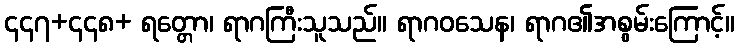
၄၄၇+၄၄၈+ ရတ္တော၊ ရာဂကြီးသူသည်။ ရာဂဝသေန၊ ရာဂ၏အစွမ်းကြောင့်။